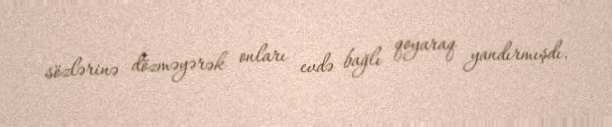
sözlərinə dözməyərək onları evdə bağlı qoyaraq yandırmışdı.